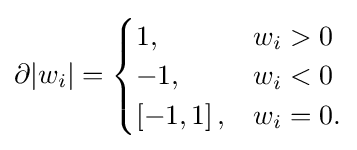
\partial |w_{i}|={\begin{cases}1,&w_{i}>0\\-1,&w_{i}<0\\\left[-1,1\right],&w_{i}=0.\end{cases}}